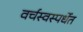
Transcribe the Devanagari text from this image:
वर्चस्वस्पर्धेत